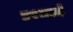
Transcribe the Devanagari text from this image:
४९मध्ये